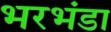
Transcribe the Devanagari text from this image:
भरभंडा